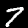
Digit: 7